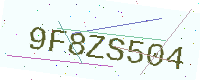
Text: 9F8ZS504